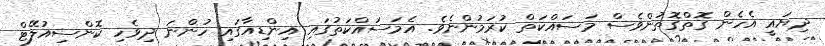
ދިޔައީ އެހެން ގޮތްގޮތުންވެސް މަސައްކަތް ކުރަމުންނެވެ. އެމަސައްކަތުގައި އިންޑިއާގައި ހުންނަ ދިވެހި ކޮންސިއުލޭޓް